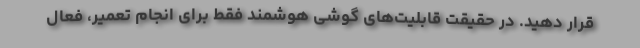
قرار دهید. در حقیقت قابلیت‌های گوشی هوشمند فقط برای انجام تعمیر، فعال